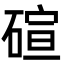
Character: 碹